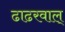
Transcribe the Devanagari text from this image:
ढाढरवाल्